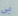
بي